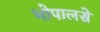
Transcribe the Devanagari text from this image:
भोपालसे